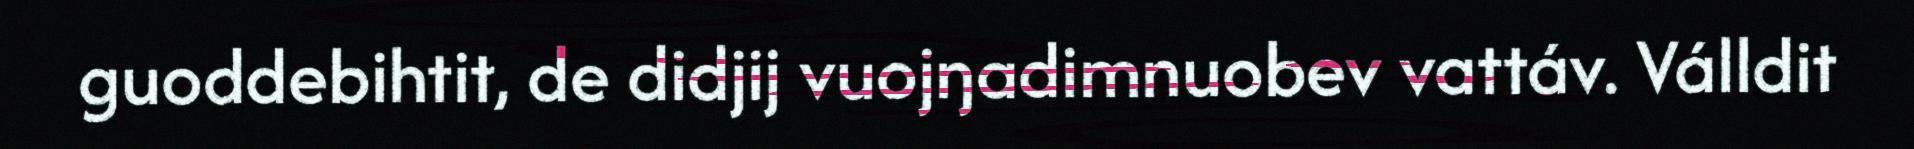
guoddebihtit, de didjij vuojŋadimnuobev vattáv. Válldit